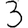
Digit: 3